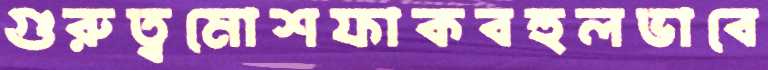
গুরুত্বমোশফাকবহুলভাবে